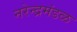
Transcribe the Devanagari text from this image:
नरेन्द्रमंडळ